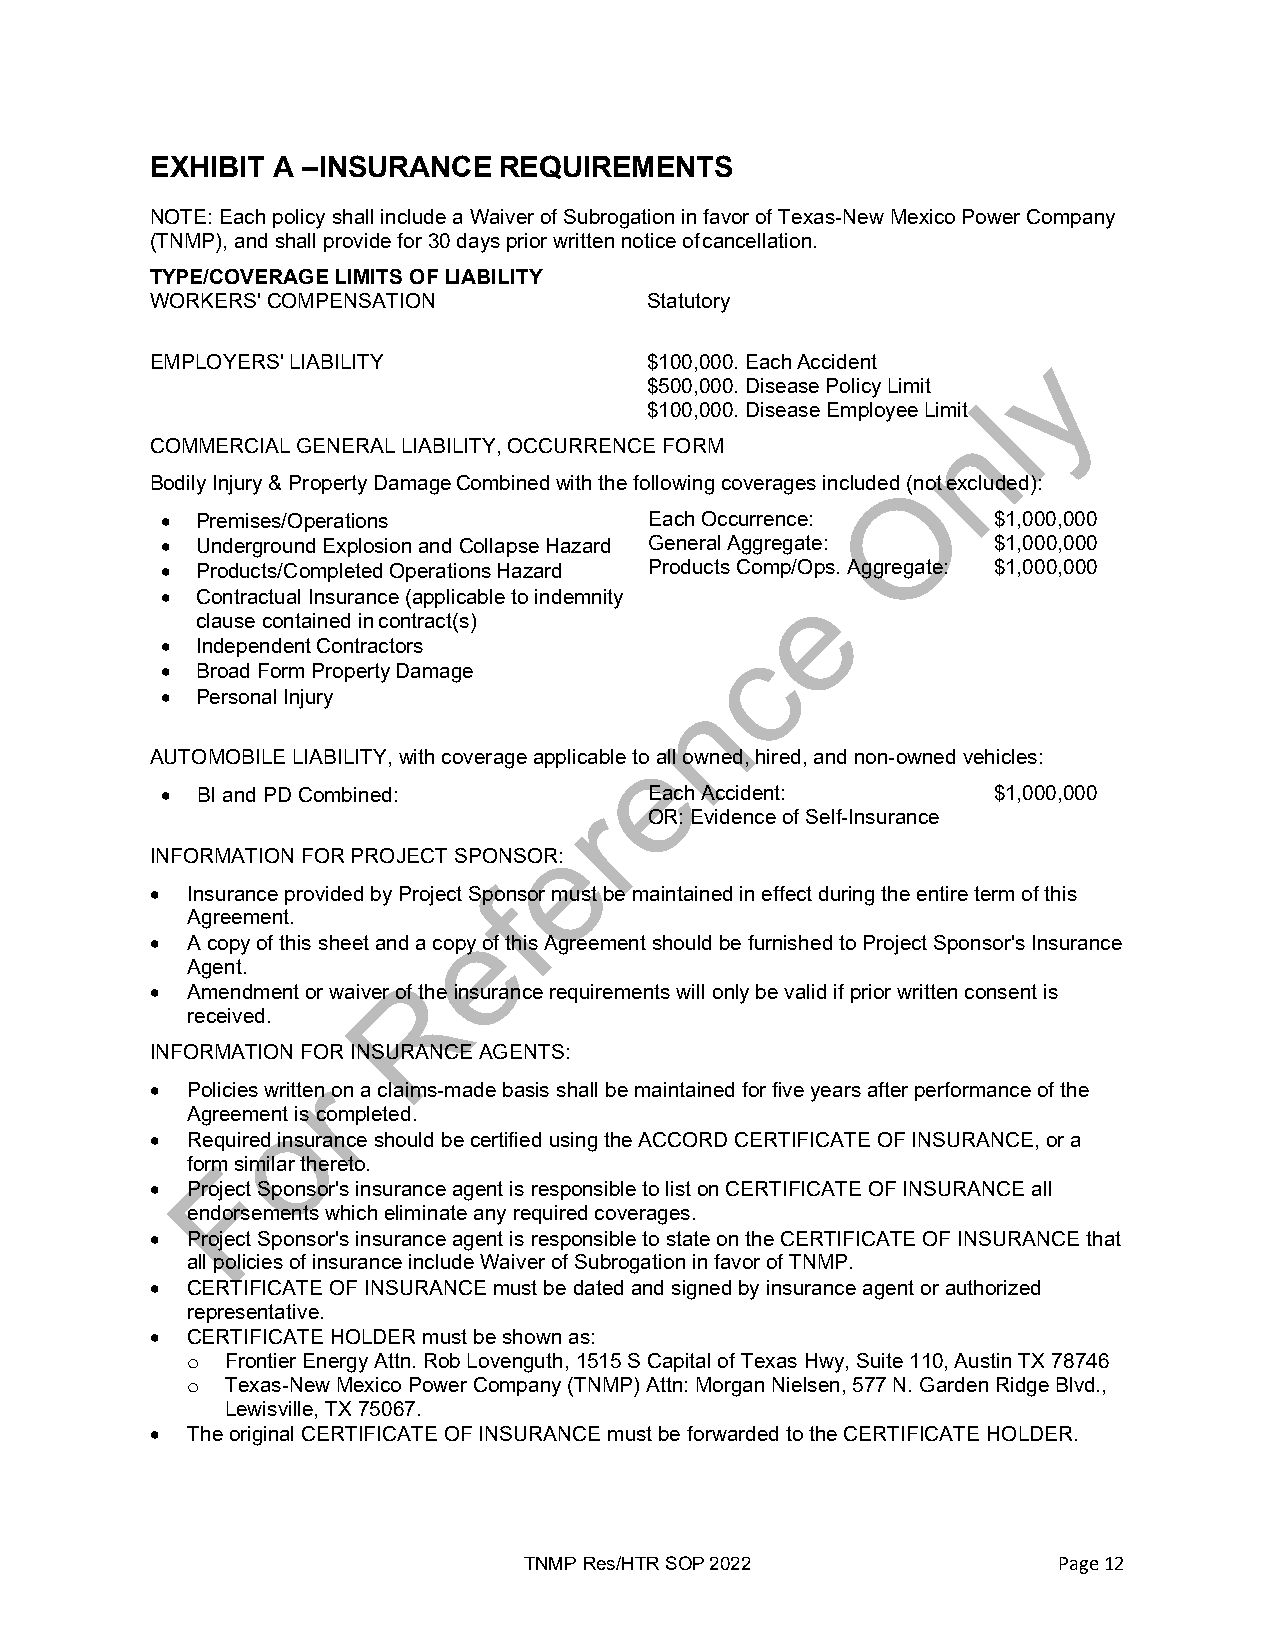
EXHIBIT A –INSURANCE   REQUIREMENTS
 NOTE: Each policy shall include a Waiver of Subrogation in favor of Texas-New Mexico Power Company
 (TNMP), and shall provide for 30 days prior written notice of cancellation.
 TYPE/COVERAGE LIMITS OF LIABILITY
 WORKERS' COMPENSATION            Statutory
 EMPLOYERS' LIABILITY             $100,000. Each Accident
 $500,000. Disease Policy Limit
 $100,000. Disease Employee Limit
 COMMERCIAL GENERAL LIABILITY, OCCURRENCE FORM
 Bodily Injury & Property Damage Combined with the following coverages included (not excluded):
 • Premises/Operations           Each Occurrence:       $1,000,000
 • Underground Explosion and Collapse Hazard General Aggregate: $1,000,000
 • Products/Completed Operations Hazard Products Comp/Ops. Aggregate: $1,000,000
 • Contractual Insurance (applicable to indemnity
 clause contained in contract(s)
 • Independent Contractors
 • Broad Form Property Damage
 • Personal Injury
 AUTOMOBILE LIABILITY, with coverage applicable to all owned, hired, and non-owned vehicles:
 • BI and PD Combined:           Each Accident:         $1,000,000
 OR: Evidence of Self-Insurance
 INFORMATION FOR PROJECT SPONSOR:
 • Insurance provided by Project Sponsor must be maintained in effect during the entire term of this
 Agreement.
 • A copy of this sheet and a copy of this Agreement should be furnished to Project Sponsor's Insurance
 Agent.
 • Amendment or waiver of the insurance requirements will only be valid if prior written consent is
 received.
 INFORMATION FOR INSURANCE AGENTS:
 • Policies written on a claims-made basis shall be maintained for five years after performance of the
 Agreement is completed.
 • Required insurance should be certified using the ACCORD CERTIFICATE OF INSURANCE, or a
 form similar thereto.
 • Project Sponsor's insurance agent is responsible to list on CERTIFICATE OF INSURANCE all
 endorsements which eliminate any required coverages.
 • Project Sponsor's insurance agent is responsible to state on the CERTIFICATE OF INSURANCE that
 all policies of insurance include Waiver of Subrogation in favor of TNMP.
 • CERTIFICATE OF INSURANCE must be dated and signed by insurance agent or authorized
 representative.
 • CERTIFICATE HOLDER must be shown as:
 Frontier Energy Attn. Rob Lovenguth, 1515 S Capital of Texas Hwy, Suite 110, Austin TX 78746
 o
 Texas-New Mexico Power Company (TNMP) Attn: Morgan Nielsen, 577 N. Garden Ridge Blvd.,
 o
 Lewisville, TX 75067.
 • The original CERTIFICATE OF INSURANCE must be forwarded to the CERTIFICATE HOLDER.
 TNMP Res/HTR SOP 2022              Page 12